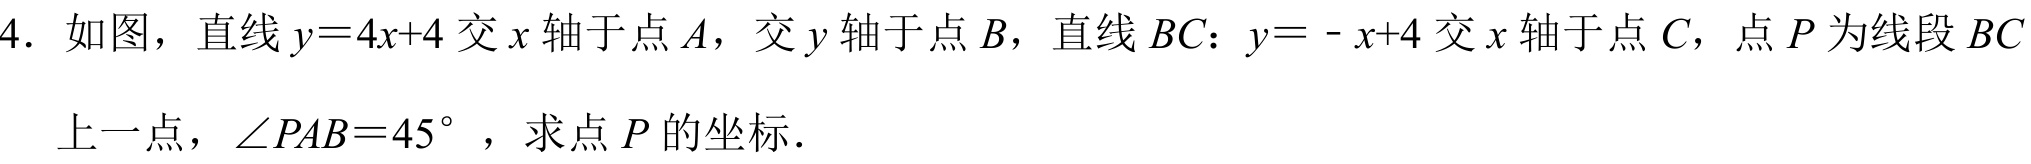
4. 如图，直线\(y = 4x + 4\)交\(x\)轴于点\(A\)，交\(y\)轴于点\(B\)，直线\(BC\)：\(y = -x + 4\)交\(x\)轴于点\(C\)，点\(P\)为线段\(BC\)上一点，\(\angle PAB = 45^{\circ}\)，求点\(P\)的坐标．